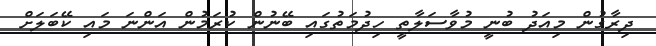
ދިރާގުން މިއަދު ބުނީ މުވާސަލާތީ ހިދުމަތުގައި ބޭނުން ކުރަމުން އަންނަ މައި ކޭބަލަށް